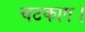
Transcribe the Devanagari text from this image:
चटकाए।